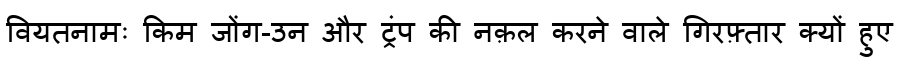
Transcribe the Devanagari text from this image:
वियतनामः किम जोंग-उन और ट्रंप की नक़ल करने वाले गिरफ़्तार क्यों हुए